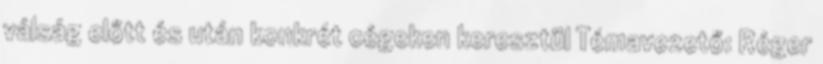
válság előtt és után konkrét cégeken keresztül Témavezető: Réger